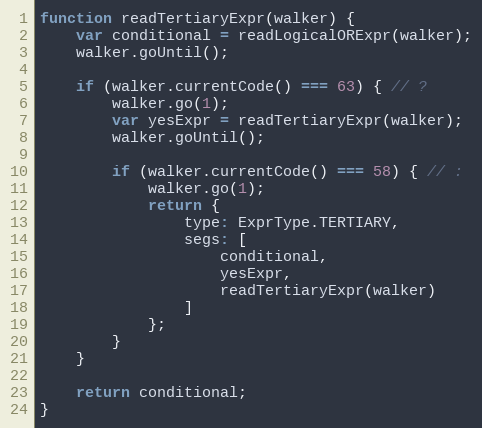
Language: JavaScript
function readTertiaryExpr(walker) {
    var conditional = readLogicalORExpr(walker);
    walker.goUntil();

    if (walker.currentCode() === 63) { // ?
        walker.go(1);
        var yesExpr = readTertiaryExpr(walker);
        walker.goUntil();

        if (walker.currentCode() === 58) { // :
            walker.go(1);
            return {
                type: ExprType.TERTIARY,
                segs: [
                    conditional,
                    yesExpr,
                    readTertiaryExpr(walker)
                ]
            };
        }
    }

    return conditional;
}